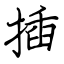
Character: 插